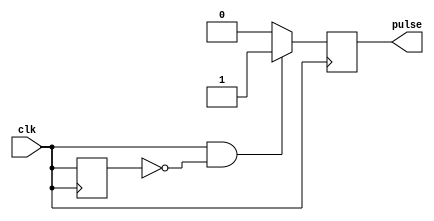
module falling_edge_pulse_generator(
    input clk,
    output reg pulse
);

reg previous_clk_state;

always @ (posedge clk) begin
    if (clk && !previous_clk_state) begin
        pulse <= 1;
    end else begin
        pulse <= 0;
    end
    
    previous_clk_state <= clk;
end

endmodule